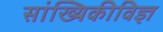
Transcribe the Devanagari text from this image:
सांख्यिकीविज्ञ